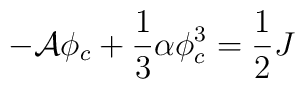
-{\cal A}\phi_{c}+\frac{1}{3}\alpha\phi_{c}^{3}=\frac{1}{2}J